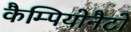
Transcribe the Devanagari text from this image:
कैम्पियोनैटो